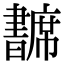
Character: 𢅺